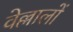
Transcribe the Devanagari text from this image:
वेल्लालों